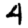
Digit: 4